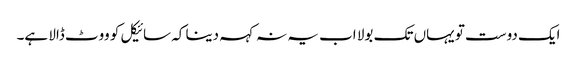
ایک دوست تو یہاں تک بولا اب یہ نہ کہہ دینا کہ سائیکل کو ووٹ ڈالا ہے۔